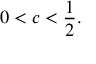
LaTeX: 0 < c < { \frac { 1 } { 2 } } .